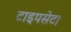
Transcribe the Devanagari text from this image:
टाइपसेट।